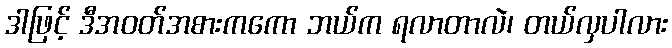
ဒါဖြင့် ဒီအဝတ်အစားကကော ဘယ်က ရလာတာလဲ၊ တယ်လှပါလား